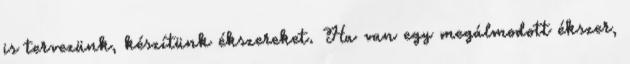
is tervezünk, készítünk ékszereket. Ha van egy megálmodott ékszer,